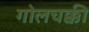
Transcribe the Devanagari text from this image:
गोलचक्की